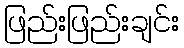
ဖြည်းဖြည်းချင်း